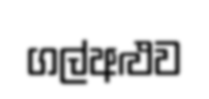
ගල්අළුව